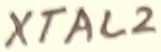
Text: XTAL2